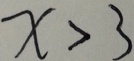
x > 3